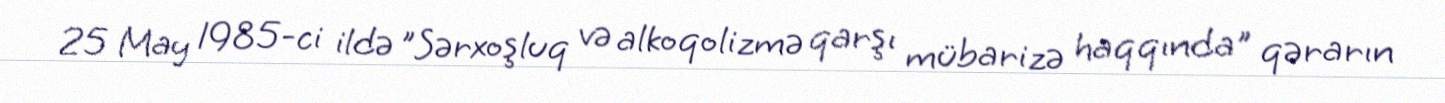
25 May 1985-ci ildə "Sərxoşluq və alkoqolizmə qarşı mübarizə haqqında" qərarın